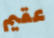
عقيم